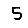
Digit: 5